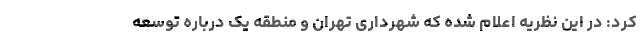
کرد: در این نظریه اعلام شده که شهرداری تهران و منطقه یک درباره توسعه